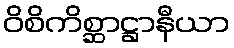
ဝိစိကိစ္ဆာဋ္ဌာနီယာ